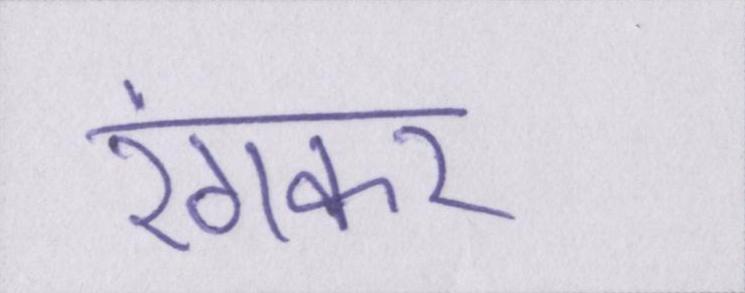
रंगकर